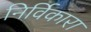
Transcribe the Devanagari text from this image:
निर्विकारा